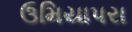
ઉમિયાપરા